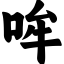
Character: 哞